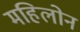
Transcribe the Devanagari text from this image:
महिलोन